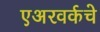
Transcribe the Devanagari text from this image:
एअरवर्कचे